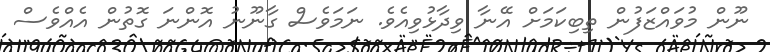
ނޫން މުވައްޒަފުން ތިބިކަމަށް އޭނާ ވިދާޅުވިއެވެ. ނަމަވެސް ގާނޫނު އޮންނަ ގޮތުން އެއްވެސް